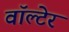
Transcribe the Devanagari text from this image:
वॉल्टेर